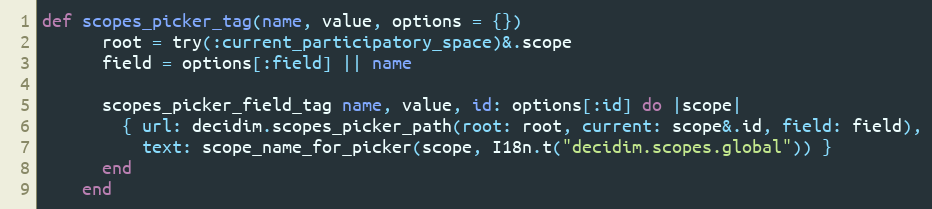
Language: Ruby
def scopes_picker_tag(name, value, options = {})
      root = try(:current_participatory_space)&.scope
      field = options[:field] || name

      scopes_picker_field_tag name, value, id: options[:id] do |scope|
        { url: decidim.scopes_picker_path(root: root, current: scope&.id, field: field),
          text: scope_name_for_picker(scope, I18n.t("decidim.scopes.global")) }
      end
    end